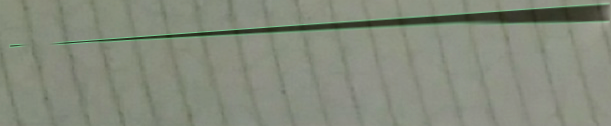
تخفيضات اليوم